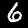
Digit: 6